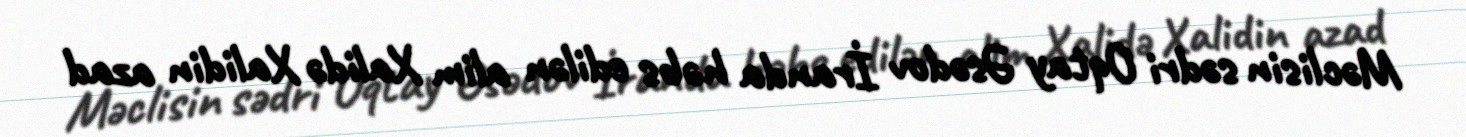
Məclisin sədri Oqtay Əsədov İranda həbs edilən alim Xalidə Xalidin azad